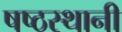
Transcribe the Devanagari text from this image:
षष्ठस्थानी